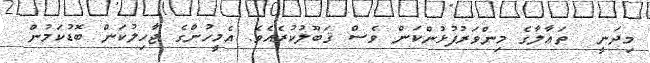
މިދަނީ  ތަޢާލާގެ މިންވަރުފުޅުންކަން ވެސް ޤަބޫލުކުރެއެވެ. އެމީހުންގެ ޖާހިލުކަން ބޮޑުކަމުން